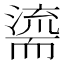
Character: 𮋠